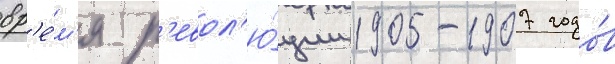
вр'е́м'я р'евол'ю́ции 1905-1907 годо́в